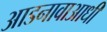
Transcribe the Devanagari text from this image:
आडनावाआधी